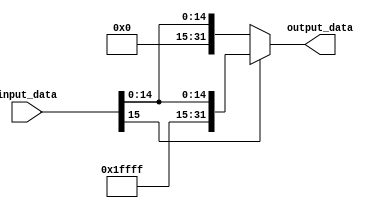
//  programmed by BaHaDoR PajouheshNiA
//  last modification 2020-03-23

//sign extention 16 bit to 32 bit

module Sign_Extend_Unit (
  output_data,
  input_data); //module define

//input output section
  output reg [31:0] output_data;
  input [15:0] input_data;
  
  always @ *
    begin
      if (input_data [15] == 0) //if sign is 0
        begin
          output_data <= {16'b 0, input_data};
        end
      else //if sign is 1
        begin
          output_data <= {16'b 1111_1111_1111_1111, input_data};
        end
    end
endmodule